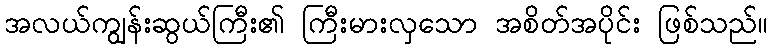
အလယ်ကျွန်းဆွယ်ကြီး၏ ကြီးမားလှသော အစိတ်အပိုင်း ဖြစ်သည်။